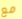
مع